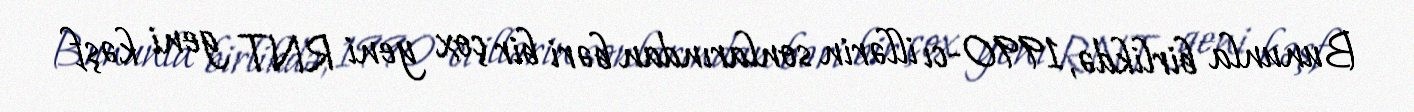
Bununla birlikdə, 1990-cı illərin sonlarından bəri bir çox yeni RNT geni kəşf